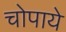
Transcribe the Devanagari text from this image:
चोपाये